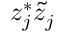
z _ { j } ^ { * } \tilde { z } _ { j }